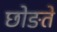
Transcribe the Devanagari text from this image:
छोङते